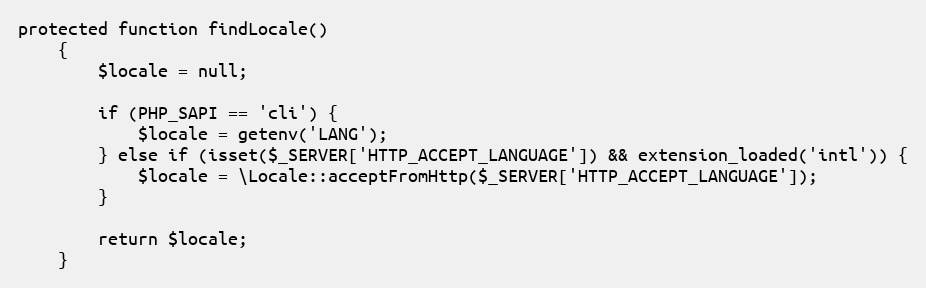
Language: PHP
protected function findLocale()
    {
        $locale = null;

        if (PHP_SAPI == 'cli') {
            $locale = getenv('LANG');
        } else if (isset($_SERVER['HTTP_ACCEPT_LANGUAGE']) && extension_loaded('intl')) {
            $locale = \Locale::acceptFromHttp($_SERVER['HTTP_ACCEPT_LANGUAGE']);
        }

        return $locale;
    }